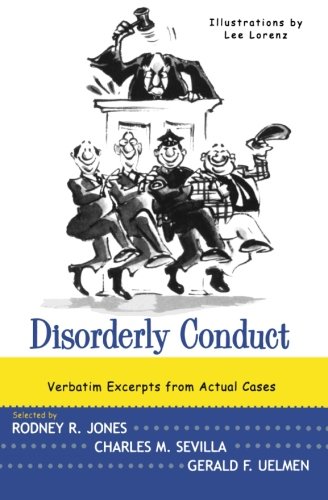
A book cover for Disorderly Conduct: Excerpts from Actual Cases; Humor & Entertainment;